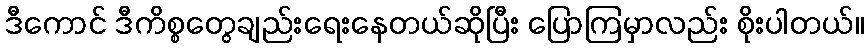
ဒီကောင် ဒီကိစ္စတွေချည်းရေးနေတယ်ဆိုပြီး ပြောကြမှာလည်း စိုးပါတယ်။